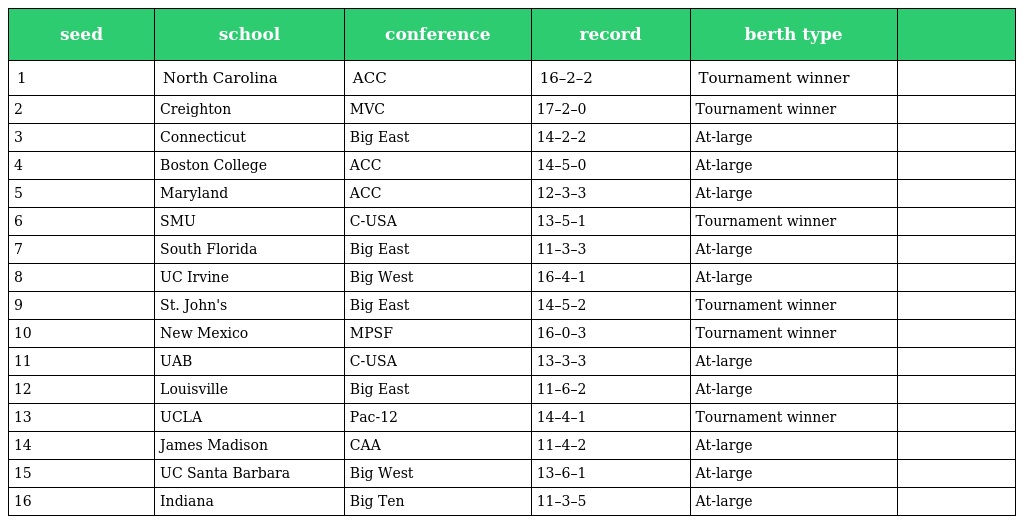
| seed | school | conference | record | berth type |  |
 | --- | --- | --- | --- | --- | --- |
 | 1 | North Carolina | ACC | 16–2–2 | Tournament winner |  |
 | 2 | Creighton | MVC | 17–2–0 | Tournament winner |  |
 | 3 | Connecticut | Big East | 14–2–2 | At-large |  |
 | 4 | Boston College | ACC | 14–5–0 | At-large |  |
 | 5 | Maryland | ACC | 12–3–3 | At-large |  |
 | 6 | SMU | C-USA | 13–5–1 | Tournament winner |  |
 | 7 | South Florida | Big East | 11–3–3 | At-large |  |
 | 8 | UC Irvine | Big West | 16–4–1 | At-large |  |
 | 9 | St. John's | Big East | 14–5–2 | Tournament winner |  |
 | 10 | New Mexico | MPSF | 16–0–3 | Tournament winner |  |
 | 11 | UAB | C-USA | 13–3–3 | At-large |  |
 | 12 | Louisville | Big East | 11–6–2 | At-large |  |
 | 13 | UCLA | Pac-12 | 14–4–1 | Tournament winner |  |
 | 14 | James Madison | CAA | 11–4–2 | At-large |  |
 | 15 | UC Santa Barbara | Big West | 13–6–1 | At-large |  |
 | 16 | Indiana | Big Ten | 11–3–5 | At-large |  |